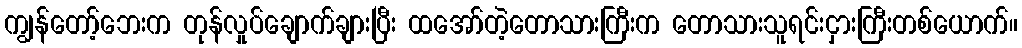
ကျွန်တော့်ဘေးက တုန်လှုပ်ချောက်ချားပြီး ထအော်တဲ့တောသားကြီးက တောသားသူရင်းငှားကြီးတစ်ယောက်။